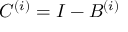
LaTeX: C ^ { ( i ) } = I - B ^ { ( i ) }